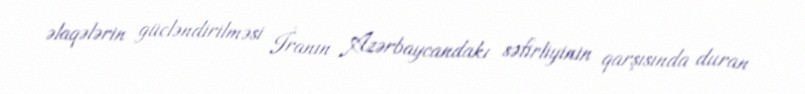
əlaqələrin gücləndirilməsi İranın Azərbaycandakı səfirliyinin qarşısında duran